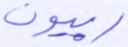
ربيون